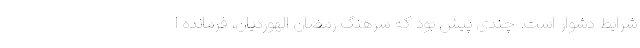
شرایط دشوار است. چندی پیش بود که سرهنگ رمضان الهوردیان، فرمانده ا